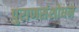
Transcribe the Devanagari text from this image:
पुराणसंशोधन